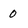
Character: 0